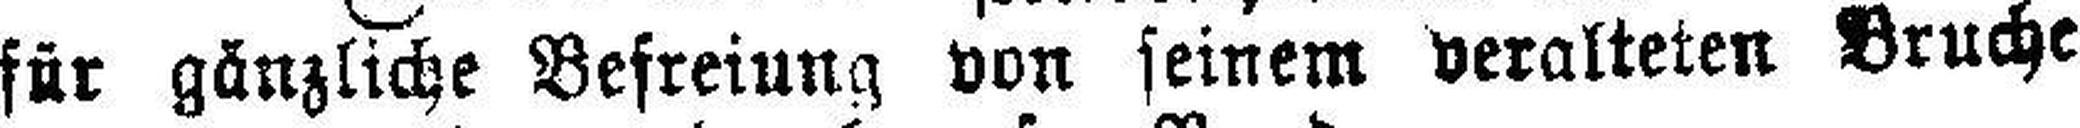
für gänzliche Befreiung von seinem veralteten Bruche